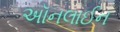
અૉનલાઈન